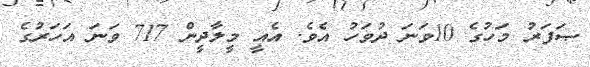
ޞަފަރު މަހުގެ 10ވަނަ ދުވަހު އެވެ. އެއީ މީލާދީން 717 ވަނަ އަހަރުގެ